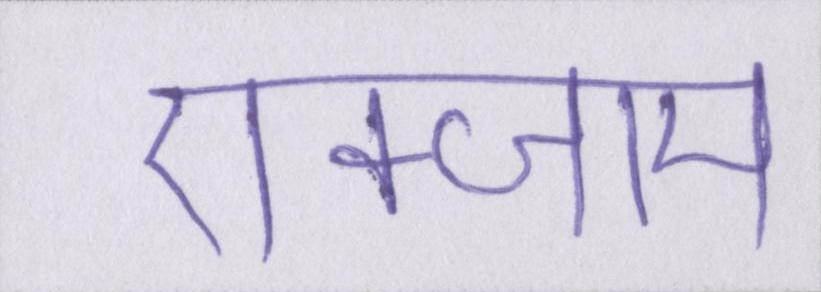
एक्जाम